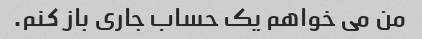
من می خواهم یک حساب جاری باز کنم.